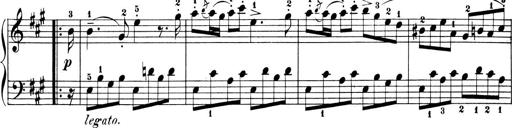
Title: 6 Piano Sonatinas
Composer: Cornelius Gurlitt